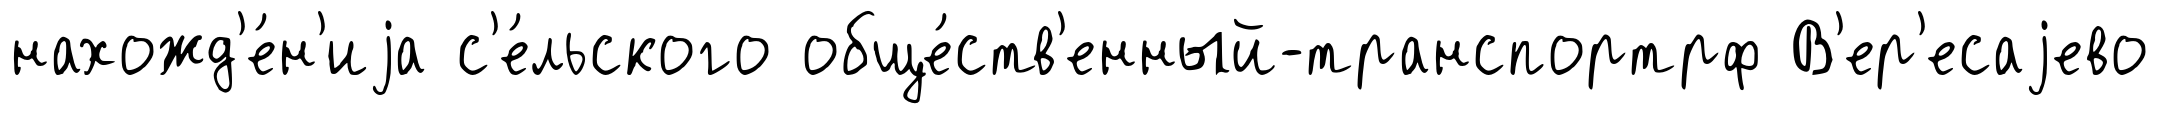
нахожд'е́н'иjа с'е́льского обще́ств'енный-транспортрф В'ер'есаjево